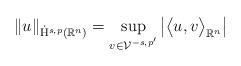
LaTeX: \begin{align*} \left\lVert{u}\right\rVert_{\dot{\mathrm{H}}^{s,p}(\mathbb{R}^n)} = \sup\limits_{\substack{v\in \mathcal{V}^{-s,p'}}} \big\lvert\big\langle u, v\big\rangle_{\mathbb{R}^n}\big\rvert\end{align*}